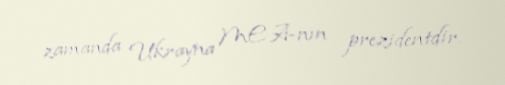
zamanda Ukrayna MEA-nın prezidentdir.